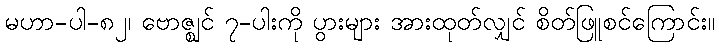
မဟာ-ပါ-၈၂၊ ဗောဇ္ဈင် ၇-ပါးကို ပွားများ အားထုတ်လျှင် စိတ်ဖြူစင်ကြောင်း။